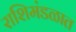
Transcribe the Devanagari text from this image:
राशिमंडळात